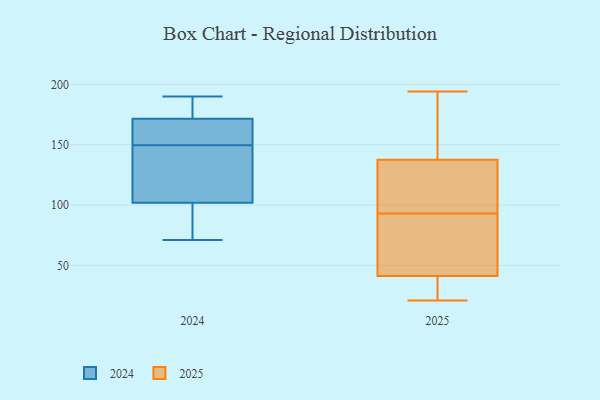
{"axis": {"x": "Energy Usage (MWh)", "y": "Value"}, "legend": ["2024", "2025"], "data": [{"x": "", "y": 92, "type": "2025"}, {"x": "", "y": 158, "type": "2025"}, {"x": "", "y": 64, "type": "2025"}, {"x": "", "y": 194, "type": "2025"}, {"x": "", "y": 122, "type": "2025"}, {"x": "", "y": 138, "type": "2025"}, {"x": "", "y": 185, "type": "2025"}, {"x": "", "y": 136, "type": "2025"}, {"x": "", "y": 31, "type": "2025"}, {"x": "", "y": 51, "type": "2025"}, {"x": "", "y": 113, "type": "2025"}, {"x": "", "y": 153, "type": "2025"}, {"x": "", "y": 38, "type": "2025"}, {"x": "", "y": 38, "type": "2025"}, {"x": "", "y": 24, "type": "2025"}, {"x": "", "y": 91, "type": "2025"}, {"x": "", "y": 98, "type": "2025"}, {"x": "", "y": 21, "type": "2025"}, {"x": "", "y": 93, "type": "2025"}, {"x": "", "y": 73, "type": "2024"}, {"x": "", "y": 144, "type": "2024"}, {"x": "", "y": 149, "type": "2024"}, {"x": "", "y": 71, "type": "2024"}, {"x": "", "y": 166, "type": "2024"}, {"x": "", "y": 112, "type": "2024"}, {"x": "", "y": 96, "type": "2024"}, {"x": "", "y": 173, "type": "2024"}, {"x": "", "y": 190, "type": "2024"}, {"x": "", "y": 108, "type": "2024"}, {"x": "", "y": 150, "type": "2024"}, {"x": "", "y": 89, "type": "2024"}, {"x": "", "y": 163, "type": "2024"}, {"x": "", "y": 171, "type": "2024"}, {"x": "", "y": 172, "type": "2024"}, {"x": "", "y": 188, "type": "2024"}]}